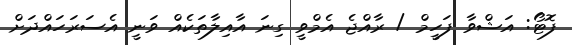
ފޮޓޯ: އަޝްވާ ފަހީމް / ރާއްޖެ އެމްވީ ގިނަ އާއިލާތަކެއް ވަނީ އެސަރަހައްދަށް